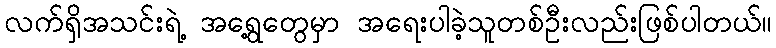
လက်ရှိအသင်းရဲ့ အရွေ့တွေမှာ အရေးပါခဲ့သူတစ်ဦးလည်းဖြစ်ပါတယ်။